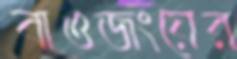
বাওজংয়ের